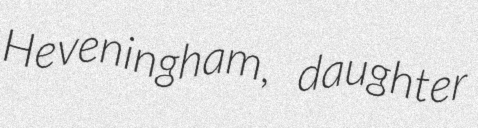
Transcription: Heveningham, daughter